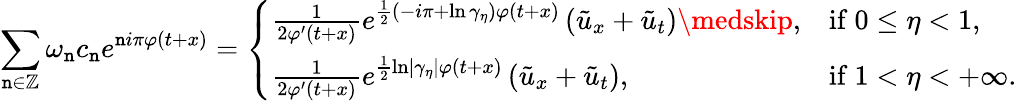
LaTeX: \sum_{\mathtt{n}\in\mathbb{{Z}}}\omega_{\mathtt{n}}c_{\mathtt{n}}e^{\mathtt{n}i\pi\varphi(t+x)}=\left\{ \begin{array}{ll}{\frac{1}{2\varphi^{\prime}(t+x)}\displaystyle e^{\frac{1}{2}\left(-i\pi+\ln\gamma_{\eta}\right)\varphi(t+x)}\left(\tilde{u}_{x}+\tilde{u}_{t}\right)\medskip,}&{\mathrm{if~}0\leq\eta<1,}\\ {\frac{1}{2\varphi^{\prime}(t+x)}\displaystyle e^{\frac{1}{2}\ln\left\vert\gamma_{\eta}\right\vert\varphi(t+x)}\left(\tilde{u}_{x}+\tilde{u}_{t}\right),}&{\mathrm{if~}1<\eta<+\infty.}\end{array}\right.